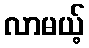
လာမယ့်